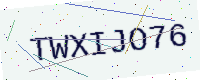
Text: TWXIJO76